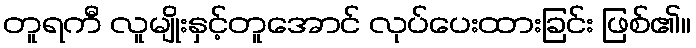
တူရကီ လူမျိုးနှင့်တူအောင် လုပ်ပေးထားခြင်း ဖြစ်၏။